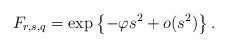
LaTeX: \begin{align*}F_{r,s,q}= \exp\left\{-\varphi s^2 +o(s^2)\right\}.\end{align*}